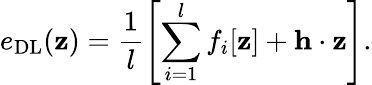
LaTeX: e_{\mathrm{DL}}(\mathbf{z})=\frac{1}{l}\left[\sum_{i=1}^{l}f_{i}[\mathbf{z}]+\mathbf{h}\cdot\mathbf{z}\right].